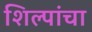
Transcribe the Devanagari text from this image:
शिल्पांचा